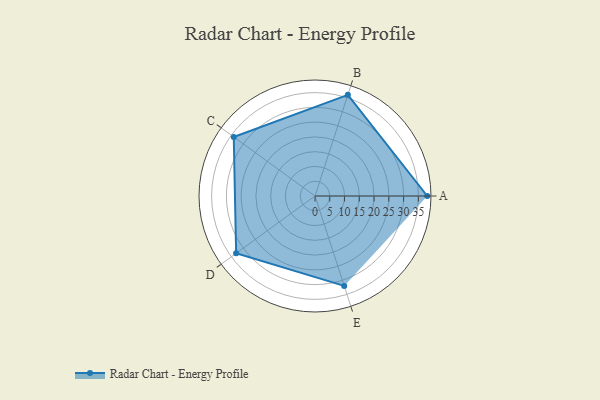
{"axis": {"x": "Skill", "y": "Score"}, "legend": ["Profile"], "data": [{"x": "A", "y": 38.0, "type": "Profile"}, {"x": "B", "y": 36.0, "type": "Profile"}, {"x": "C", "y": 34.0, "type": "Profile"}, {"x": "D", "y": 33.0, "type": "Profile"}, {"x": "E", "y": 32.0, "type": "Profile"}]}